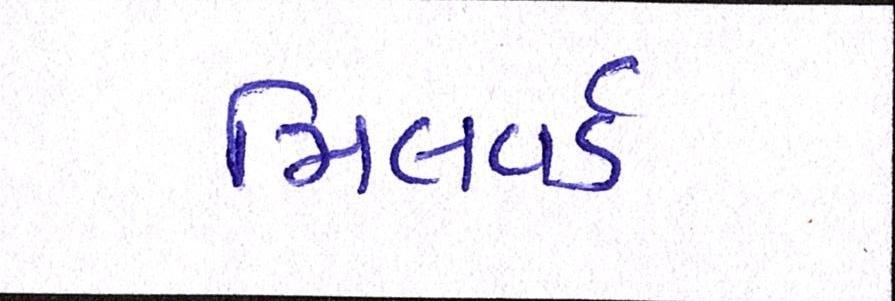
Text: મિલવર્ડ